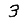
Digit: 3